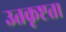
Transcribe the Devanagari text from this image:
उतकृष्टता